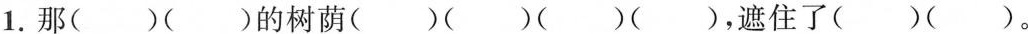
1.那()()的树荫()()()()，遮住了()()。